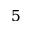
5